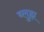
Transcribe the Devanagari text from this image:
ब्लुह्म